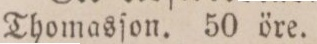
Thomasſon. 50 öre.